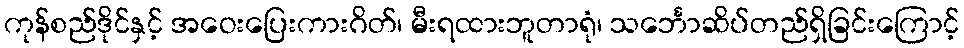
ကုန်စည်ဒိုင်နှင့် အဝေးပြေးကားဂိတ်၊ မီးရထားဘူတာရုံ၊ သင်္ဘောဆိပ်တည်ရှိခြင်းကြောင့်